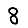
Digit: 8